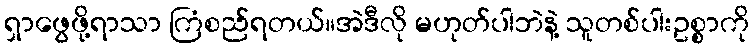
ရှာဖွေဖို့ရာသာ ကြံစည်ရတယ်။အဲဒီလို မဟုတ်ပါဘဲနဲ့ သူတစ်ပါးဥစ္စာကို